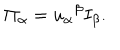
LaTeX: \Pi _ { \alpha } = u _ { \alpha } \hspace { 0 . 1 m m } ^ { \beta } I _ { \beta } .